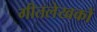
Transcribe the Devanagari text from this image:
गीतलेखकों